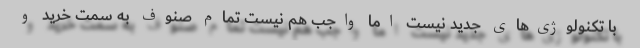
با تکنولوژی‌های جدید نیست اما واجب هم نیست تمام صنوف به سمت خرید و